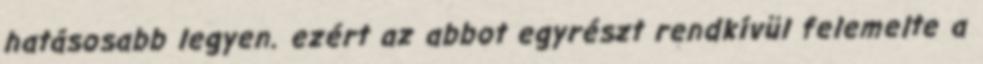
hatásosabb legyen. ezért az abbot egyrészt rendkívül felemelte a